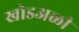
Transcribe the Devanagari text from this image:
खोडअळी